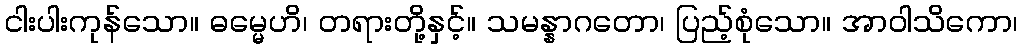
ငါးပါးကုန်သော။ ဓမ္မေဟိ၊ တရားတို့နှင့်။ သမန္နာဂတော၊ ပြည့်စုံသော။ အာဝါသိကော၊